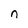
Character: n